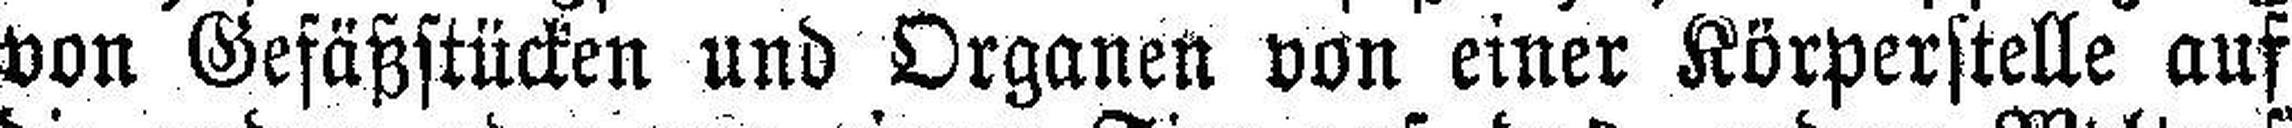
von Gefäßstücken und Organen von einer Körperstelle auf